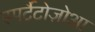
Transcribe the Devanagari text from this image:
स्पर्टैटोज़ोआ